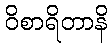
ဝိစာရိတာနိ